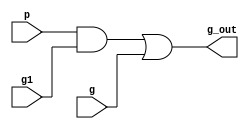
module graycell(
    input p,
    input g,
    input g1,
    output g_out
);

assign g_out = (p&g1) | g;

endmodule